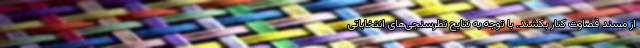
از مسند قضاوت کنار بکشند. با توجه به نتایج نظرسنجی‌های انتخاباتی